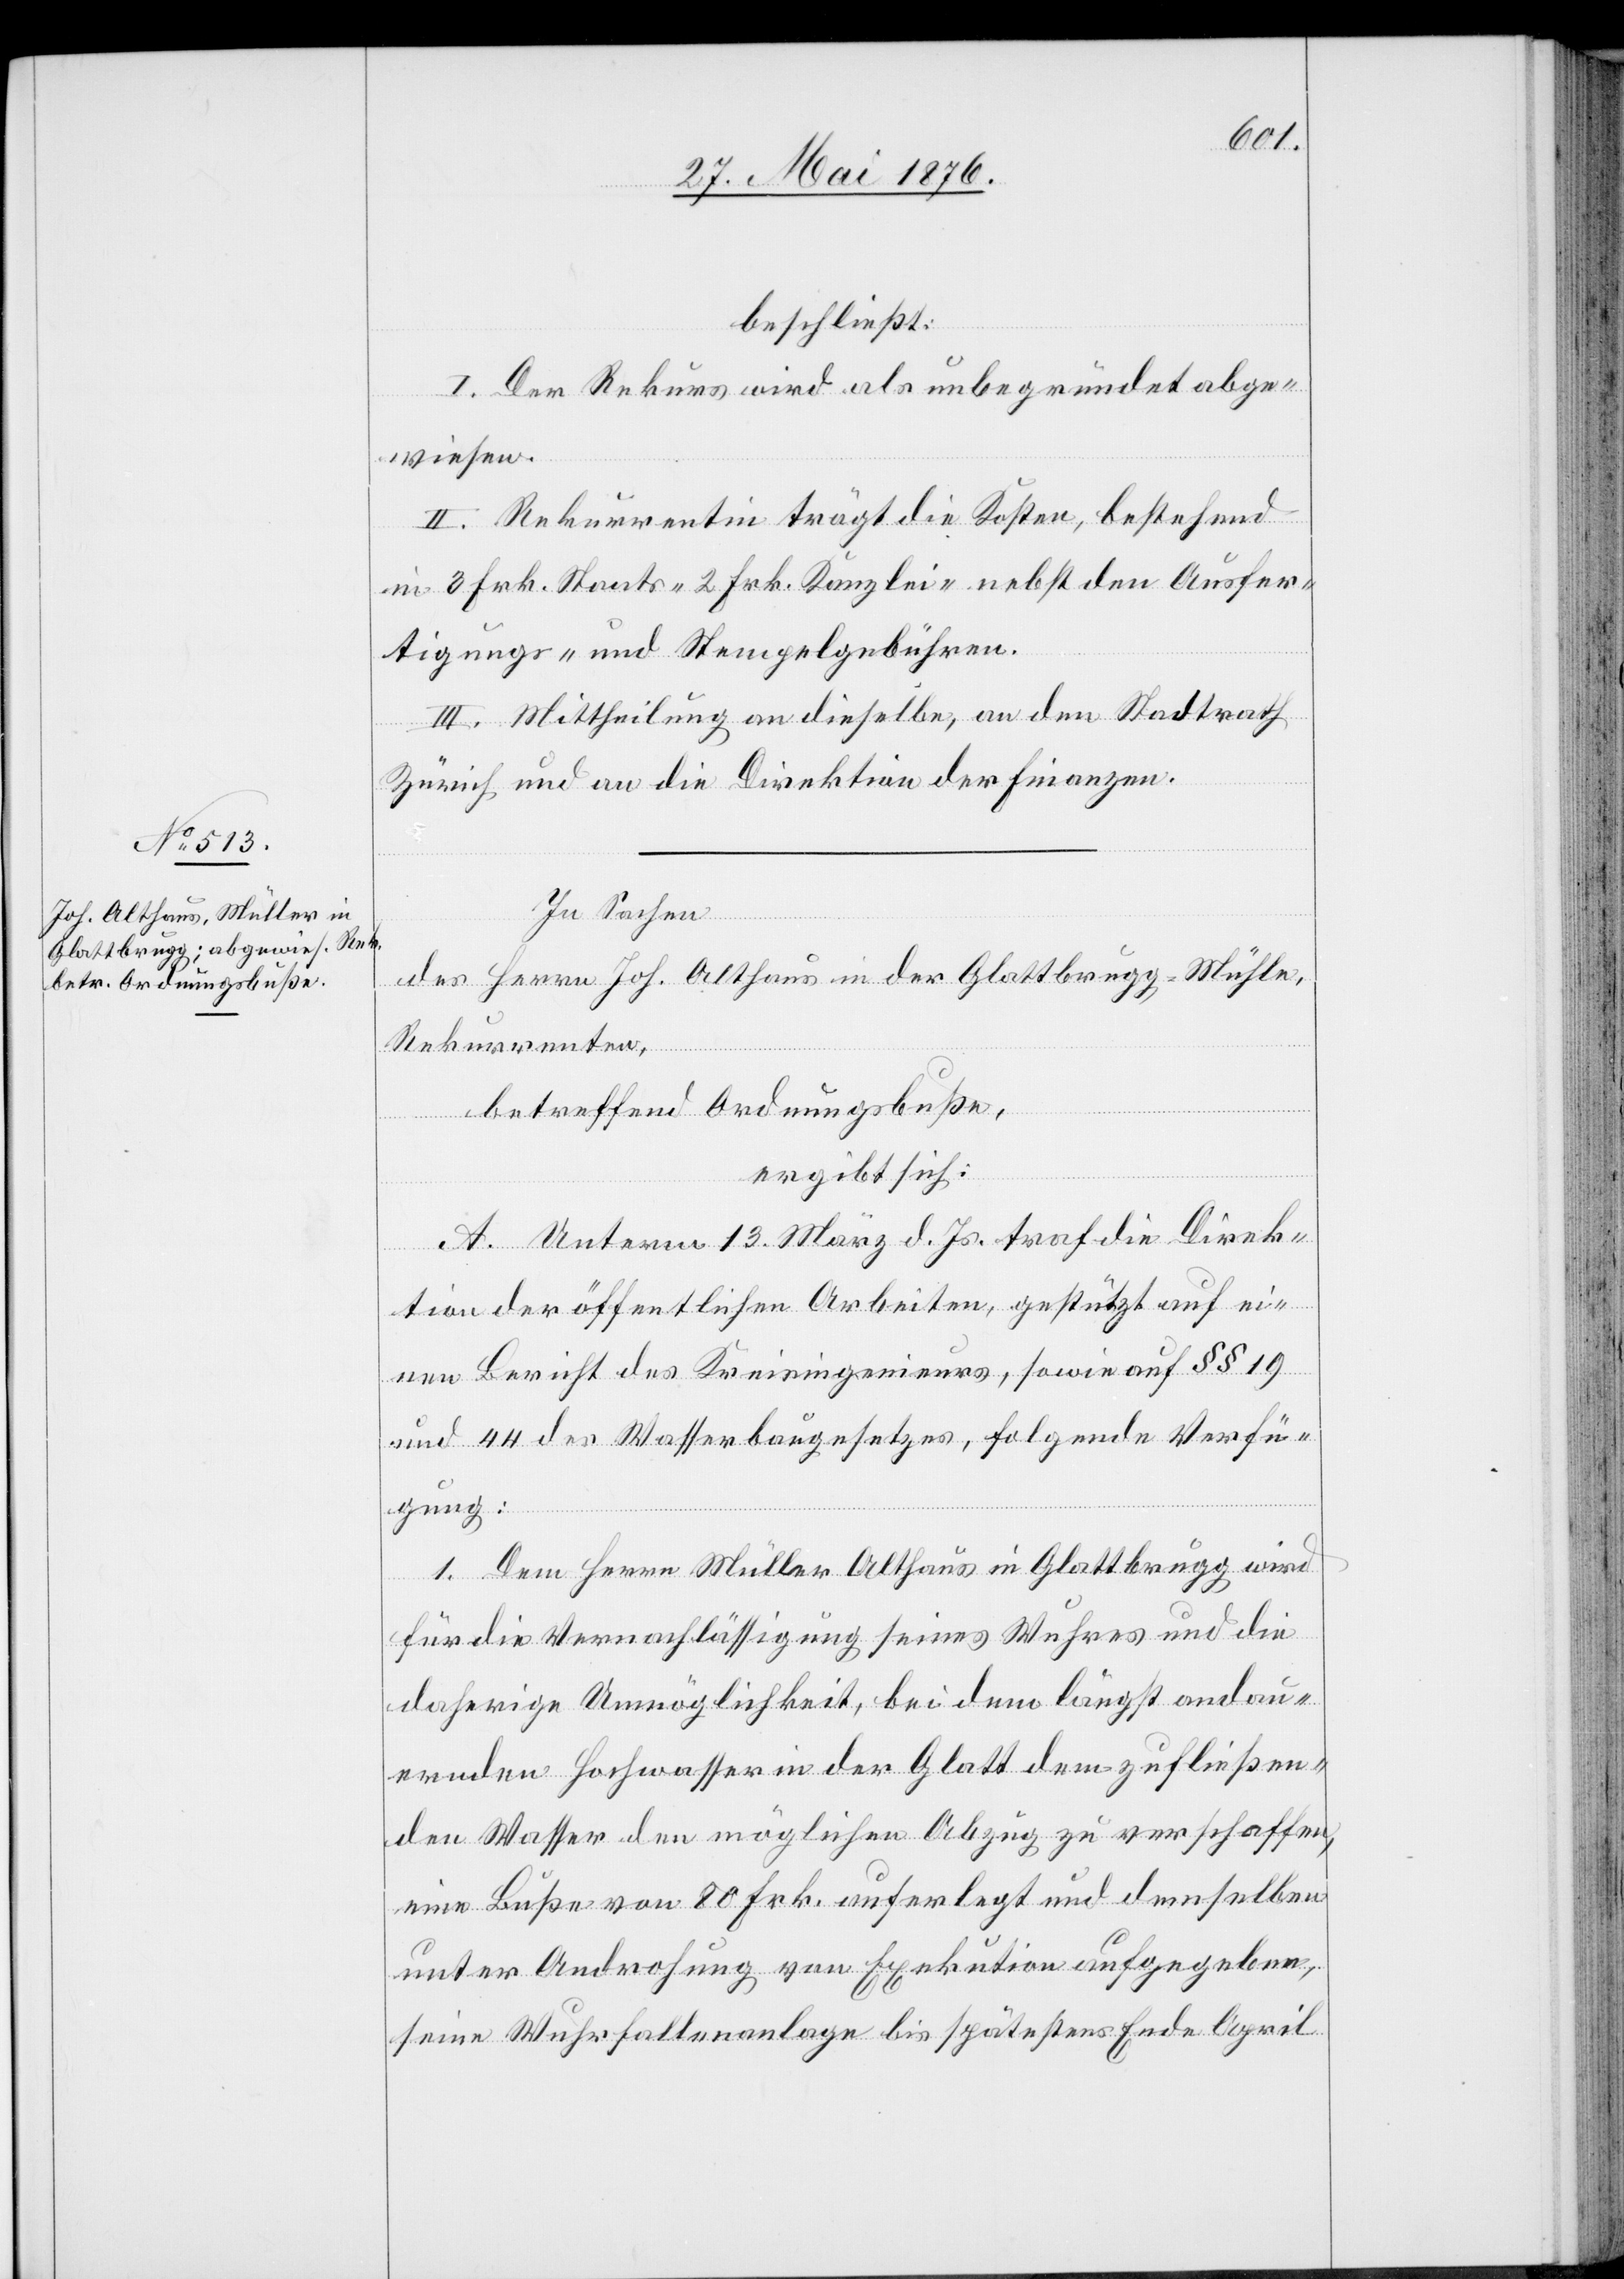
beschließt:
I. Der Rekurs wird als unbegründet abge¬
wiesen.
II. Rekurrentin trägt die Kosten, bestehend
in 3 Frk. Staats- 2 Frk. Kanzlei- nebst den Ausfer¬
tigungs- und Stempelgebühren.
II. Mittheilung an dieselbe, an den Stadtrath
Zürich und an die Direktion der Finanzen.
In Sachen
des Herrn Joh. Althaus in der Glattbrugg-Mühle,
Rekurrenten,
betreffend Ordnungsbuße,
ergibt sich:
A. Unterm 13. März d. Js. traf die Direk¬
tion der öffentlichen Arbeiten, gestützt auf ei¬
nen Bericht des Kreisingenieurs, sowie auf §§ 19
und 44 des Wasserbaugesetzes, folgende Verfü¬
gung:
1. Dem Herrn Müller Althaus in Glattbrugg wird
für die Vernachlässigung seines Wuhres und die
daherige Unmöglichkeit, bei dem längst andau¬
ernden Hochwasser in der Glatt dem zufließen¬
den Wasser den möglichen Abzug zu verschaffen,
eine Buße von 80 Frk. auferlegt und demselben
unter Androhung von Exekution aufgegeben,
seine Wehrfallenanlage bis spätestens Ende April